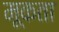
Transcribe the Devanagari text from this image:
मूकता